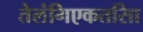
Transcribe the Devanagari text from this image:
तेलंगिएकतसिा